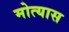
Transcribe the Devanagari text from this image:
मोत्यास